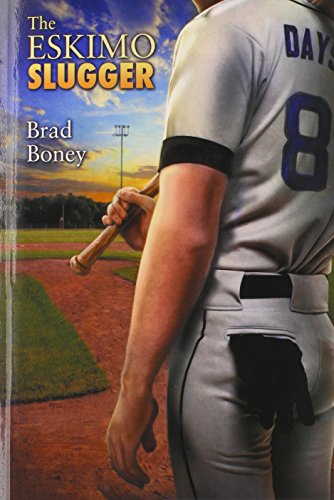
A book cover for The Eskimo Slugger; Brad Boney; Romance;